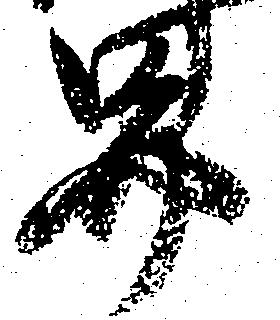
界